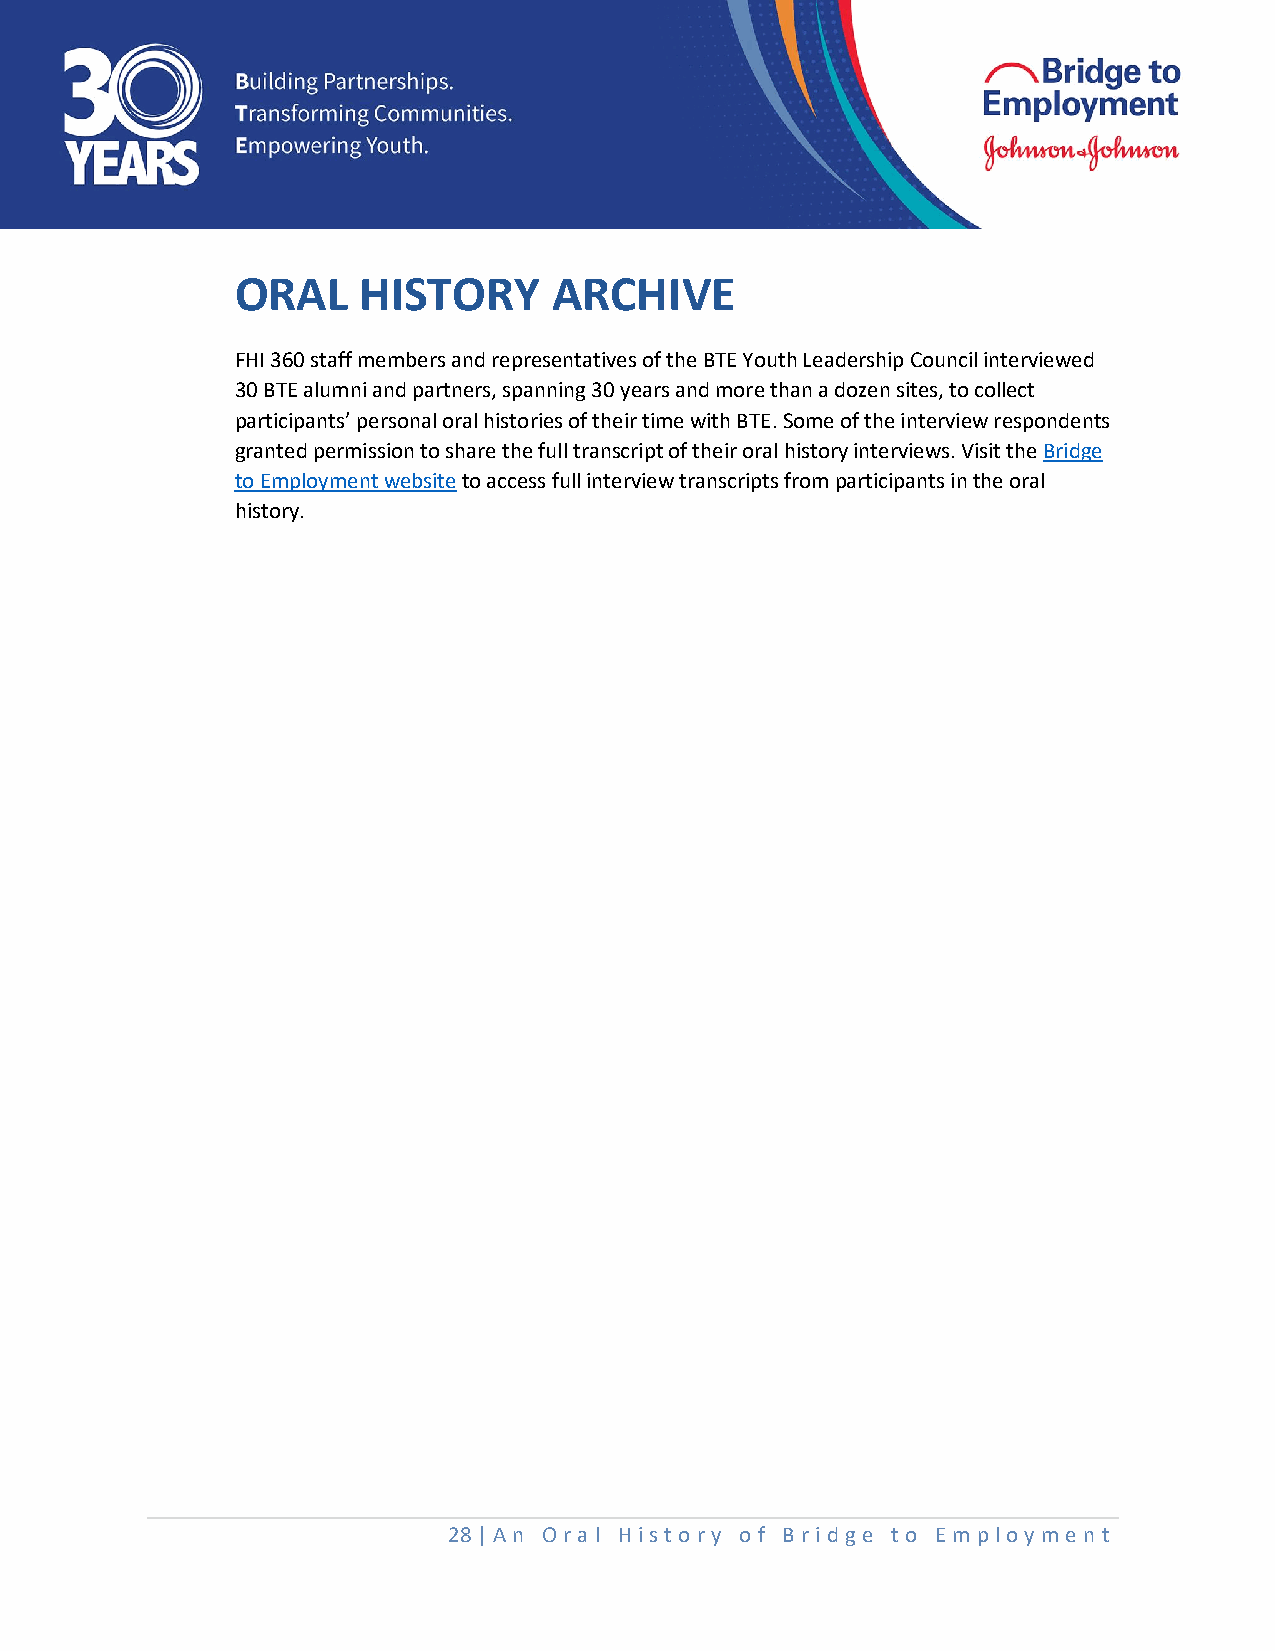
ORAL    HISTORY      ARCHIVE
 FHI 360 staff members and representatives of the BTE Youth Leadership Council interviewed
 30 BTE alumni and partners, spanning 30 years and more than a dozen sites, to collect
 participants’ personal oral histories of their time with BTE. Some of the interview respondents
 granted permission to share the full transcript of their oral history interviews. Visit the Bridge
 to Employment website to access full interview transcripts from participants in the oral
 history.
 28 | An O ral History o f Bridge t o Em ploy me nt